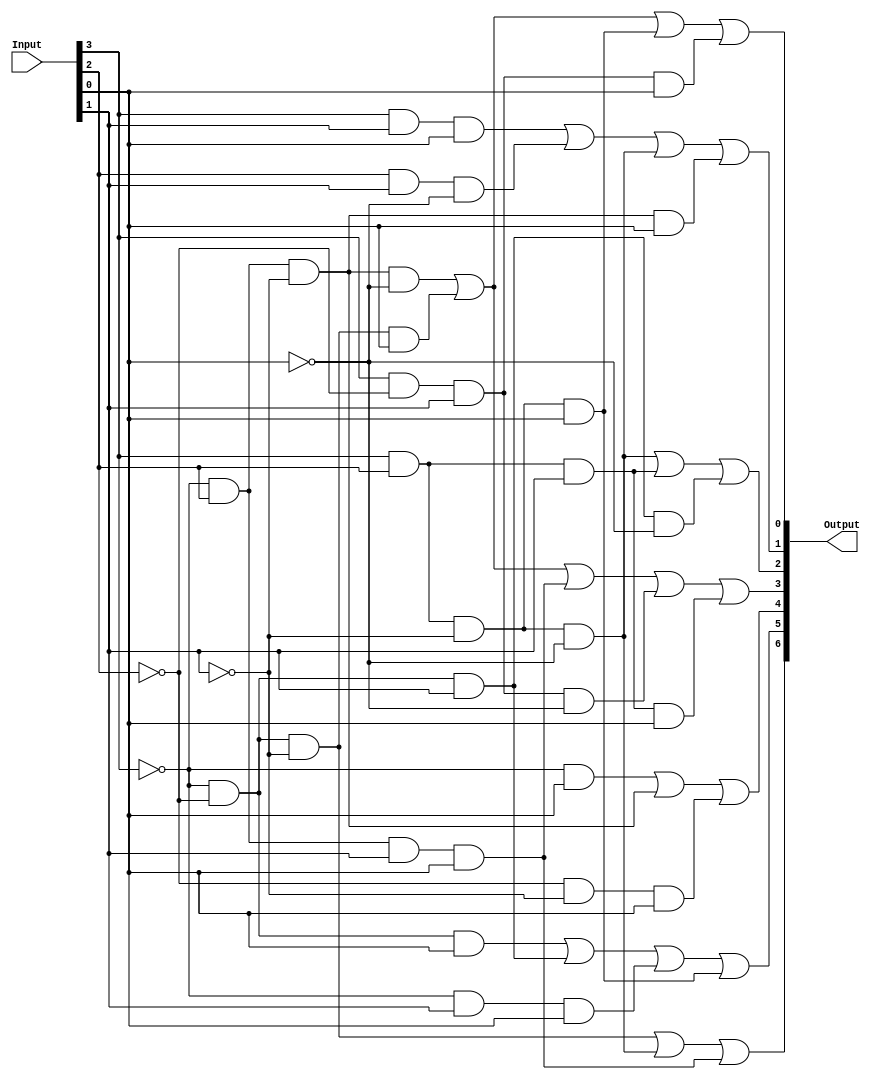
//Input[3:0] data input, usually is 4 SW
//Output[6:0] output for a Hex light

module HexLight(Output,Input);
	input [3:0] Input;
	output [6:0] Output;

	assign Output[0] = ((!Input[3])&(!Input[2])&(!Input[1])&(Input[0]))|	//0001
		            ((!Input[3])&(Input[2])&(!Input[1])&(!Input[0]))|	//0100
		            ((Input[3])&(Input[2])&(!Input[1])&(Input[0]))|	//1101
		            ((Input[3])&(!Input[2])&(Input[1])&(Input[0]));	//1011

	assign Output[1] = ((Input[3])&(Input[1])&(Input[0]))|	                //1x11
		            ((Input[2])&(Input[1])&(!Input[0]))|		//x110
		            ((Input[3])&(Input[2])&(!Input[1])&(!Input[0]))|	//1100
		            ((!Input[3])&(Input[2])&(!Input[1])&(Input[0]));	//0101
		 
	assign Output[2] = ((Input[3])&(Input[2])&(!Input[1])&(!Input[0]))|	//1100
		  	((Input[3])&(Input[2])&(Input[1]))|		//111x
		  	((!Input[3])&(!Input[2])&(Input[1])&(!Input[0]));	//0010

	assign Output[3] = ((!Input[3])&(Input[2])&(!Input[1])&(!Input[0]))|	//0100
			  ((!Input[3])&(!Input[2])&(!Input[1])&(Input[0]))|	//0001
			  ((!Input[3])&(Input[2])&(Input[1])&(Input[0]))|	//0111
			   ((Input[3])&(!Input[2])&(Input[1])&(!Input[0]))|	//1010
			  ((Input[3])&(Input[2])&(Input[1])&(Input[0]));	//1111
		
	assign Output[4] = ((!Input[3])&(Input[0]))|			//0xx1
			  ((!Input[3])&(Input[2])&(!Input[1]))|		//010x
			  ((!Input[2])&(!Input[1])&(Input[0]));		//x001

	assign Output[5] = ((!Input[3])&(!Input[2])&(Input[0]))|		//00x1
			  ((!Input[3])&(!Input[2])&(Input[1]))|		//001x
			  ((!Input[3])&(Input[1])&(Input[0]))|		//0x11
			  ((Input[3])&(Input[2])&(!Input[1])&(Input[0]));	//1101

	assign Output[6] = ((!Input[3])&(!Input[2])&(!Input[1]))|		//000x
			  ((Input[3])&(Input[2])&(!Input[1])&(!Input[0]))|	//1100
			  ((!Input[3])&(Input[2])&(Input[1])&(Input[0]));	//0111
endmodule